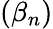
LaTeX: (\beta_{n})